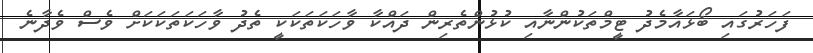
ފަހަރުގައި ބޯޅައާމެދު ޓީމްތަކުންނާއި ކުޅުންތެރިން ދައްކާ ވާހަކަތަކަކީ ތެދު ވާހަކަތަކަކަށް ވެސް ވެދާނެ